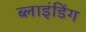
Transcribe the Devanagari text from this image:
ब्‍लाइंडिंग